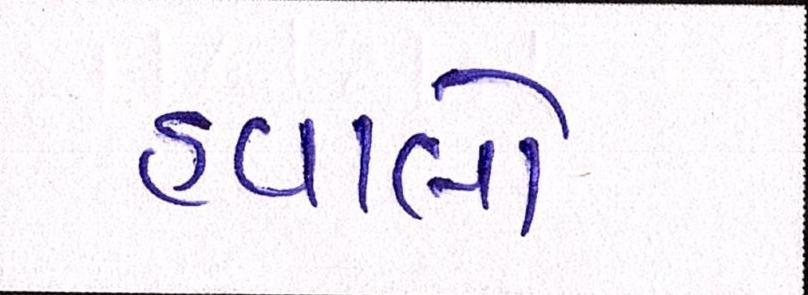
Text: હવાલો